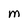
Character: M